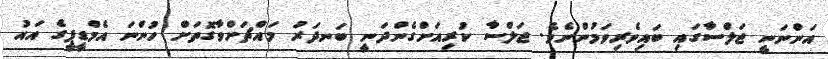
އަންނަނީ ޖަލްސާގައި ބައިވެރިވަމުންނެވެ. ޖަލްސާ ކުރިއަށްގެންދަނީ ބަނދަރު މައްޗަށްވާގޮތަށް ހުންނަ އެމްޑީޕީގެ އައު